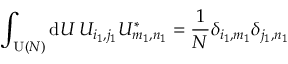
\int _ { \operatorname { U } ( N ) } \mathrm { d } U \, U _ { i _ { 1 } , j _ { 1 } } U _ { m _ { 1 } , n _ { 1 } } ^ { * } = \frac { 1 } { N } \delta _ { i _ { 1 } , m _ { 1 } } \delta _ { j _ { 1 } , n _ { 1 } }